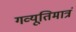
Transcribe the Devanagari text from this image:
गव्यूतिमात्रं